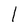
Character: 1